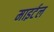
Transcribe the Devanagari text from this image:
माइर्टल